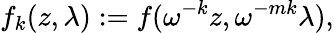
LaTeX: f_{k}(z,\lambda):=f(\omega^{-k}z,\omega^{-mk}\lambda),